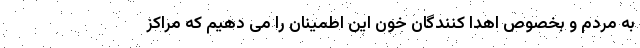
به مردم و بخصوص اهدا کنندگان خون این اطمینان را می دهیم که مراکز